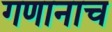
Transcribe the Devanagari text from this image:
गणानाच